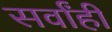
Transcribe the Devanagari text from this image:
सर्वांही